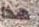
هذا